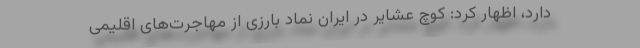
دارد، اظهار کرد: کوچ عشایر در ایران نماد بارزی از مهاجرت‌های اقلیمی